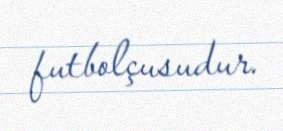
futbolçusudur.